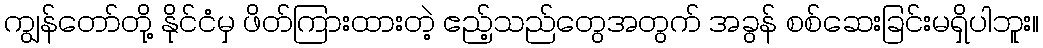
ကျွန်တော်တို့ နိုင်ငံမှ ဖိတ်ကြားထားတဲ့ ဧည့်သည်တွေအတွက် အခွန် စစ်ဆေးခြင်းမရှိပါဘူး။